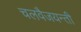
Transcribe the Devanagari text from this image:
चलवैजयन्ती